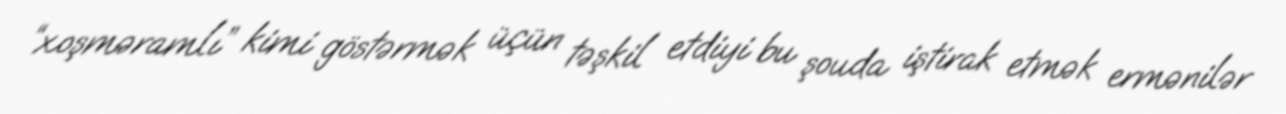
“xoşməramlı” kimi göstərmək üçün təşkil etdiyi bu şouda iştirak etmək ermənilər